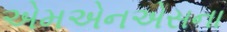
એમએનએસના